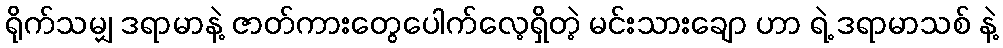
ရိုက်သမျှ ဒရာမာနဲ့ ဇာတ်ကားတွေပေါက်လေ့ရှိတဲ့ မင်းသားချော ဟာ ရဲ့ ဒရာမာသစ် နဲ့